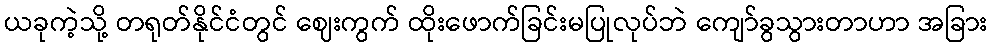
ယခုကဲ့သို့ တရုတ်နိုင်ငံတွင် ဈေးကွက် ထိုးဖောက်ခြင်းမပြုလုပ်ဘဲ ကျော်ခွသွားတာဟာ အခြား